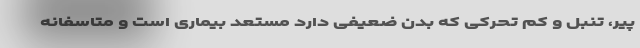
پیر، تنبل و کم تحرکی که بدن ضعیفی دارد مستعد بیماری است و متاسفانه